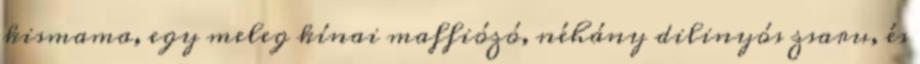
kismama, egy meleg kínai maffiózó, néhány dilinyós zsaru, és